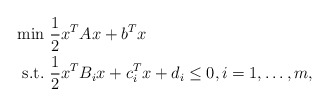
\begin{align*}\begin{aligned}\min&\ \frac{1}{2}x^TAx+b^Tx\\\mbox{s.t.}&\ \frac{1}{2}x^TB_ix+c_i^Tx+d_i\leq0,i=1,\dots,m,\end{aligned}\end{align*}